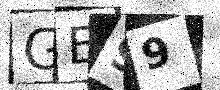
Text: GB99